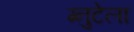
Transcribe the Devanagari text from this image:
ग्नुटेला